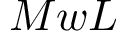
M w L